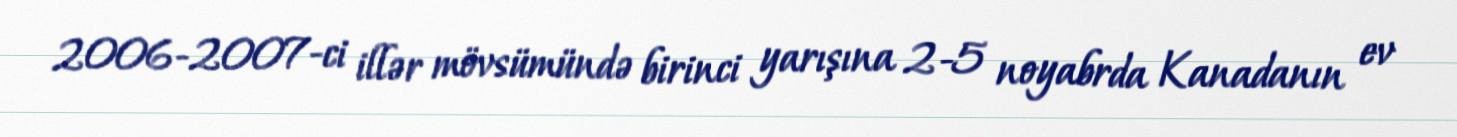
2006-2007-ci illər mövsümündə birinci yarışına 2-5 noyabrda Kanadanın ev